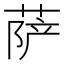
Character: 萨